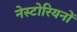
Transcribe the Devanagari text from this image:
नेस्टोरियनों